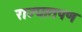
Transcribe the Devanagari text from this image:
राज्यातपण